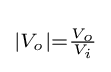
\scriptstyle \left|V_{o}\right|={\frac {V_{o}}{V_{i}}}